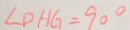
\angle D H G = 9 0 ^ { \circ }